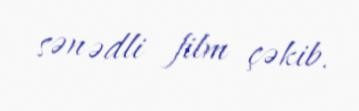
sənədli film çəkib.